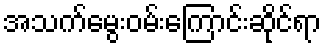
အသက်မွေးဝမ်းကြောင်းဆိုင်ရာ